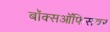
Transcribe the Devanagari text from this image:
बॉक्सऑफिसवर